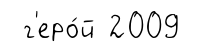
г'еро́й 2009